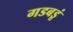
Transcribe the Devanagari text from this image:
गडबडूं